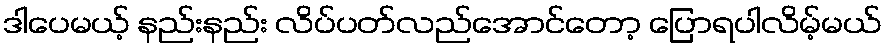
ဒါပေမယ့် နည်းနည်း လိပ်ပတ်လည်အောင်တော့ ပြောရပါလိမ့်မယ်